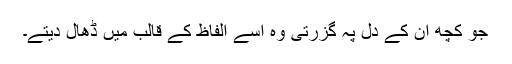
جو کچھ ان کے دل پہ گزرتی وہ اسے الفاظ کے قالب میں ڈھال دیتے۔